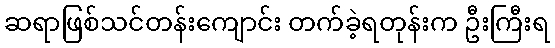
ဆရာဖြစ်သင်တန်းကျောင်း တက်ခဲ့ရတုန်းက ဦးကြီးရ